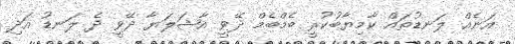
އަނެއް ލަނޑުތައް ކާމިޔާބުކުރީ ބެމްބެމް ދޭވީ އާޝަލަޔާ ދޭވީ ދެ ލަނޑު އަދި